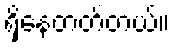
ရှိနေတတ်တယ်။